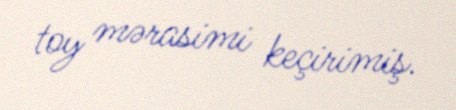
toy mərasimi keçirimiş.